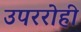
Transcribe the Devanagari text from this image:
उपररोही